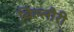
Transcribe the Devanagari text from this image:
बिल्लौरी